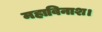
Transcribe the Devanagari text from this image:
महाविनाश।